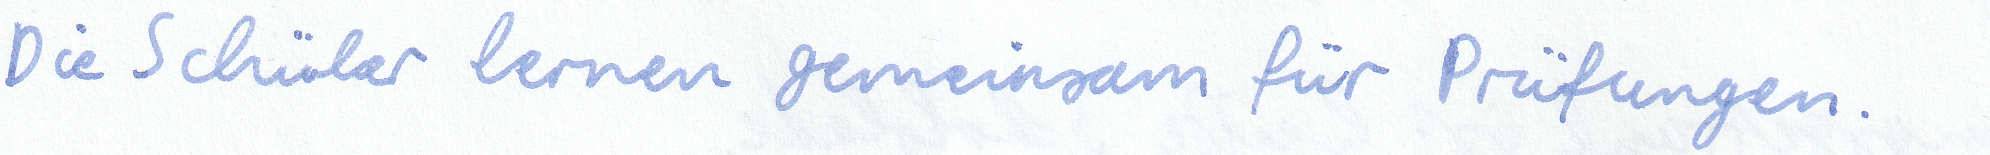
Die Schüler lernen gemeinsam für Prüfungen.